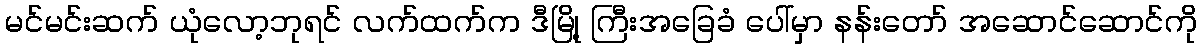
မင်မင်းဆက် ယုံလော့ဘုရင် လက်ထက်က ဒီမြို့ ကြီးအခြေခံ ပေါ်မှာ နန်းတော် အဆောင်ဆောင်ကို